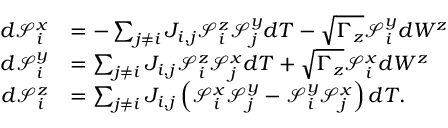
\begin{array} { r l } { d \mathcal { S } _ { i } ^ { x } } & { = - \sum _ { j \neq i } J _ { i , j } \mathcal { S } _ { i } ^ { z } \mathcal { S } _ { j } ^ { y } d T - \sqrt { \Gamma _ { z } } \mathcal { S } _ { i } ^ { y } d W ^ { z } } \\ { d \mathcal { S } _ { i } ^ { y } } & { = \sum _ { j \neq i } J _ { i , j } \mathcal { S } _ { i } ^ { z } \mathcal { S } _ { j } ^ { x } d T + \sqrt { \Gamma _ { z } } \mathcal { S } _ { i } ^ { x } d W ^ { z } } \\ { d \mathcal { S } _ { i } ^ { z } } & { = \sum _ { j \neq i } J _ { i , j } \left( \mathcal { S } _ { i } ^ { x } \mathcal { S } _ { j } ^ { y } - \mathcal { S } _ { i } ^ { y } \mathcal { S } _ { j } ^ { x } \right) d T . } \end{array}